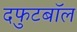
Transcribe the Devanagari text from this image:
दफुटबॉल